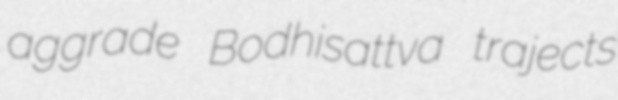
aggrade Bodhisattva trajects